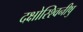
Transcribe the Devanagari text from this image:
दक्षोस्श्विनीषु